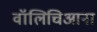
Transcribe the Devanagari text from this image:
वॉलिचिआना